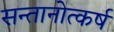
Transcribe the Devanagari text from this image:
सन्तानोत्कर्ष